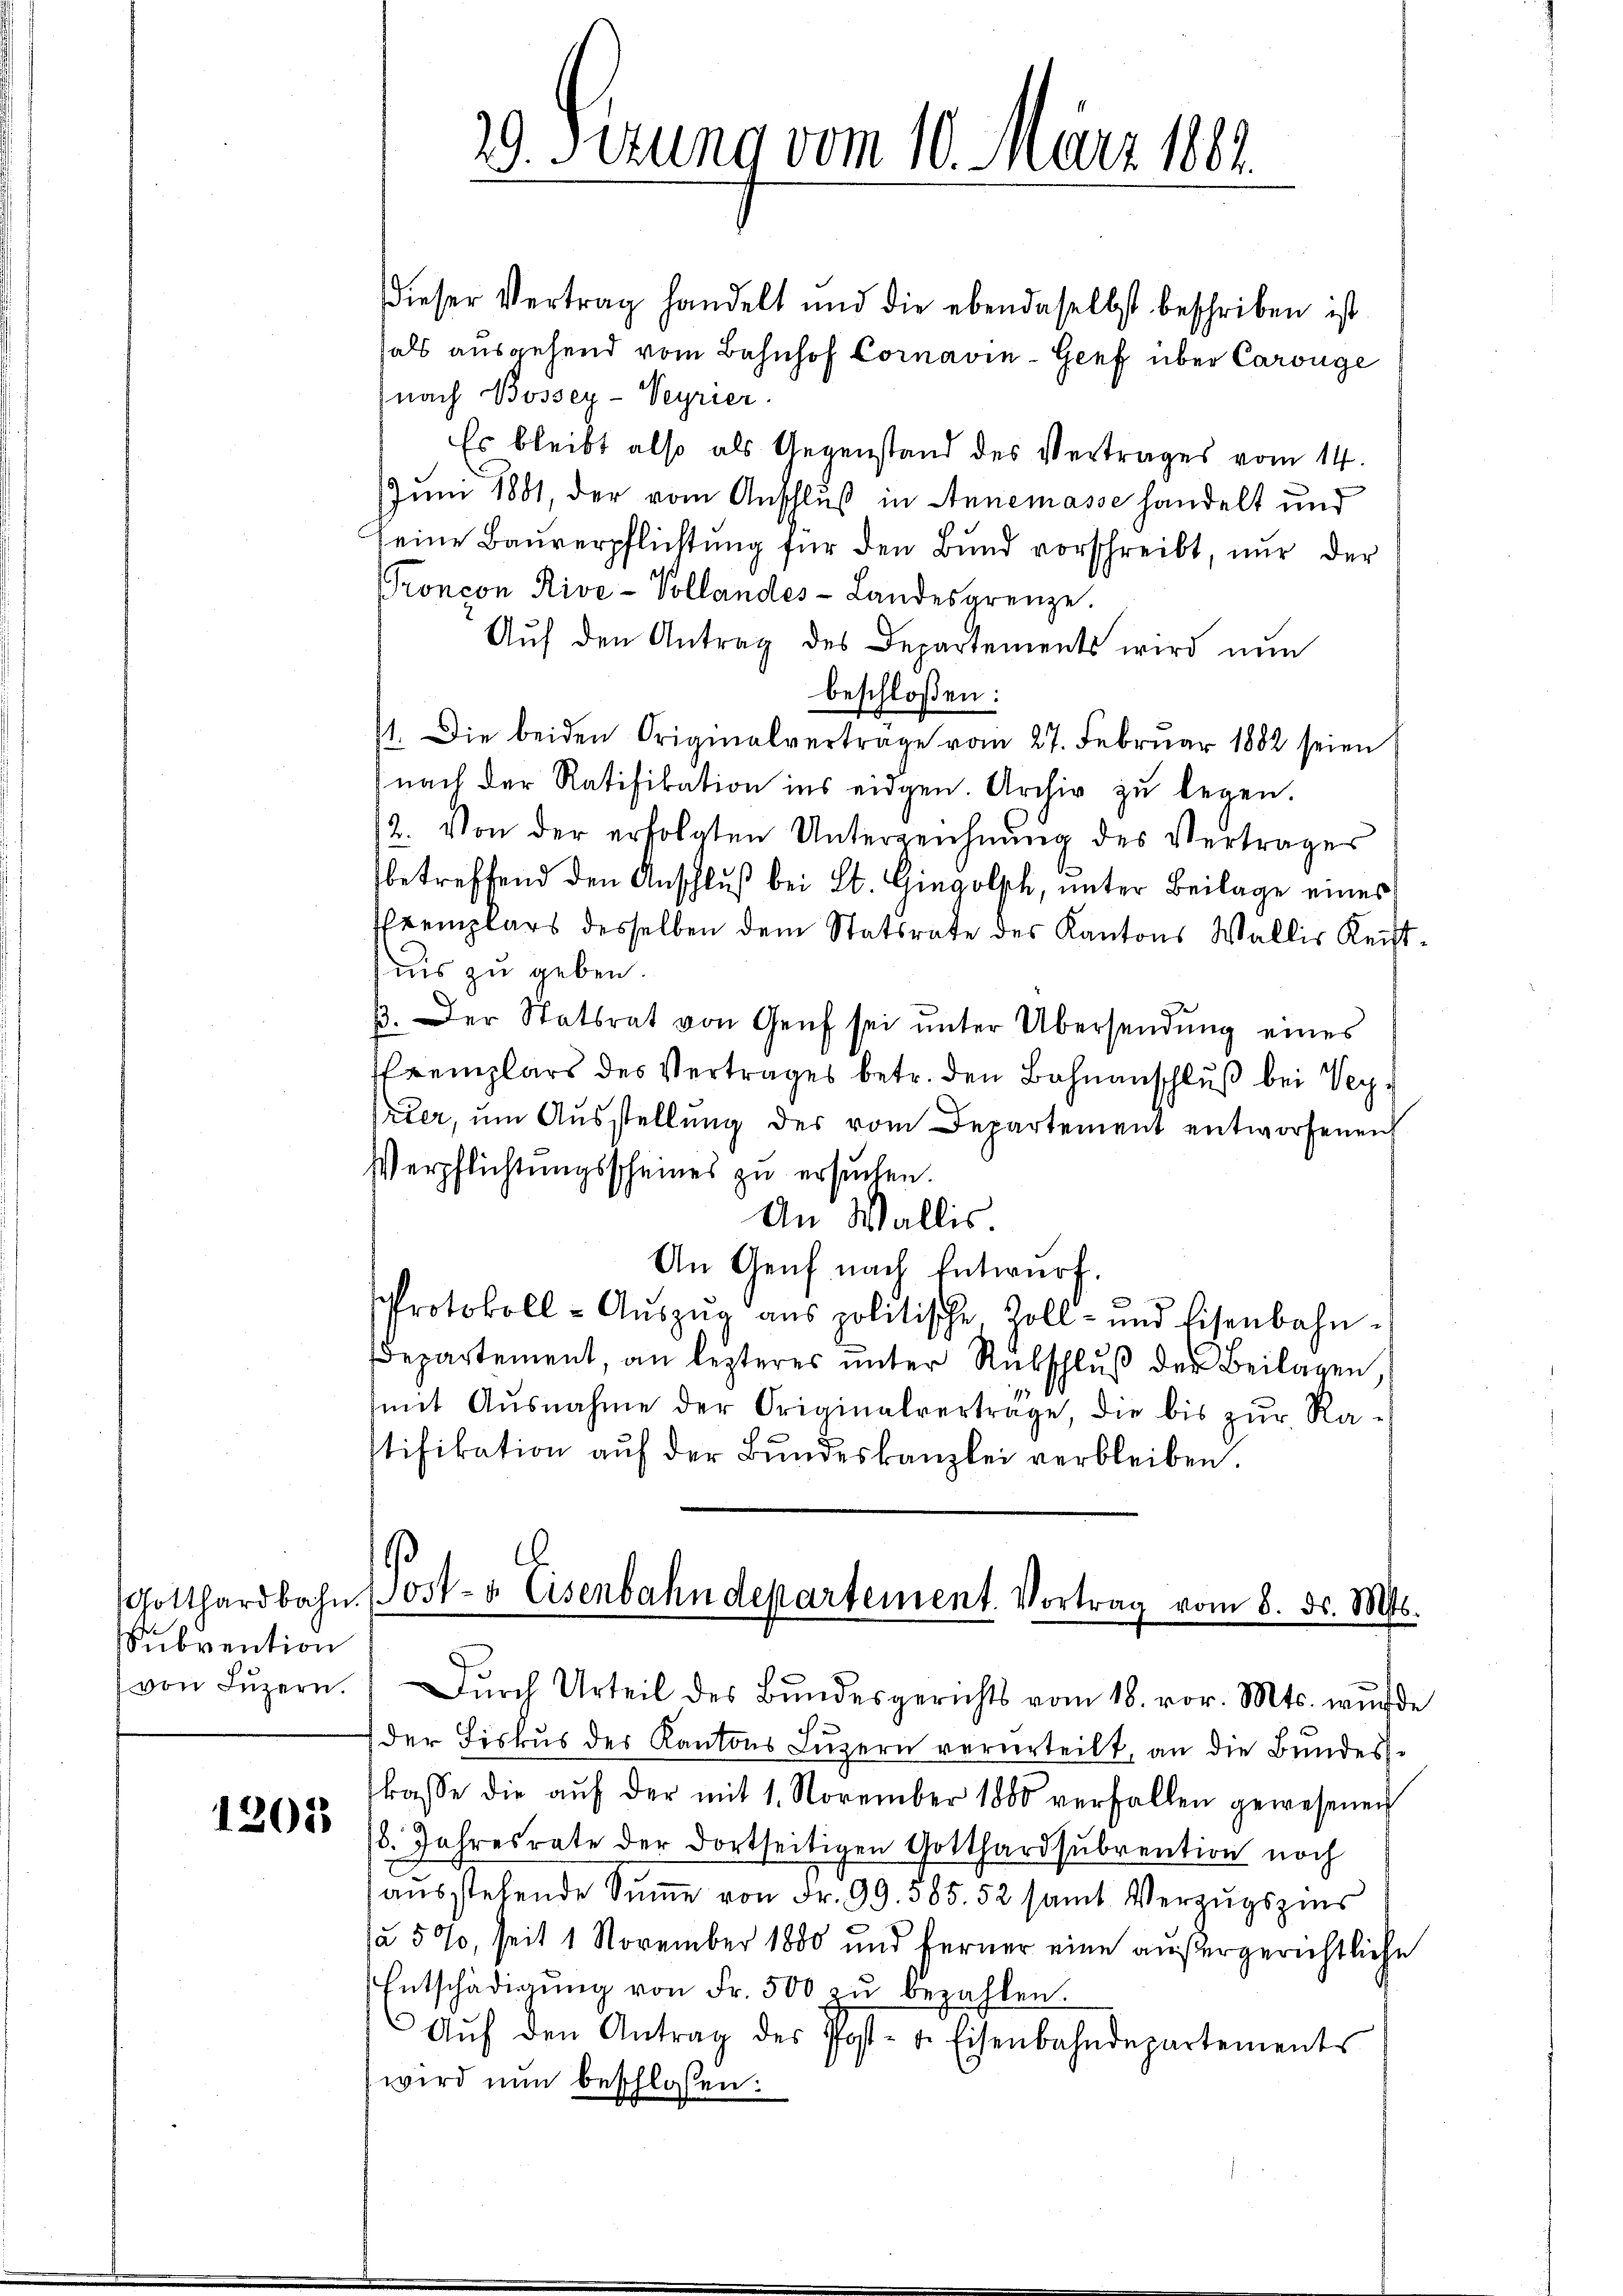
Subvention

1205

.
9. Sizung vom 10. März 1804.

dieser Vertrag handelt und die ebendaselbst beschriben ist
hals ausgehend vom Bahnhof Cornavin-Geef über Carouge
(nach Bossey-Veyrier.
Es bleibt also als Gegenstand des Vertrages vom 14.
Juni 1881, der vom Anschluß in Annemasse handelt und
seine Bauverpflichtung für den Bund vorschreibt, nur der
Proncon Rive-Pollandes-Landesgrenze.
Aŭf den Antrag des Departements wird nun
beschloßen:
1. Die beiden Originalverträge vom 27. Februar 1882 seien
nach der Ratifikation ins eidgen. Archiv zu legen.
2. Von der erfolgten Unterzeichnŭng des Vertrages
betreffend den Anschluß bei St. Gingolph, unter Beilage eines
Exemplars desselben dem Statsrate des Kantons Wallis Recht
nis zu geben.
3. Der Statsrat von Genf sei ŭnter Übersendŭng eines
remplars des Vertrages betr. den Bahnanschluß bei Ver¬
Veter, um Ausstellung der vom Departement entworfenen
Verpflichtungsscheines zu ersuchen.
An Wallis.
An Genf nach Entwurf.
Protokoll-Aŭszŭg ans politische Zoll- und Eisenbahn-
epartement, an lezteres ŭnter Rückschlŭβ der Beilagen,
mit Ausnahme der Originalverträge, die bis zŭr Ra-
stifikation aŭf der Bŭndeskanzlei verbleiben.

.
Gotthardbahn. 1054- & Eisenbahndepartement. Vortrag vom 8. d. Mts.
von Lŭzern. Dŭrch Urteil des Bŭndesgerichts vom 18. vor. Mts. wurde

der Fiskus der Kantons Luzern verurteilt, an die Bundes-
kasse die aŭf der mit 1. November 1880 verfallen gewesenen
8. Jahresrate der dortseitigen Gotthardsubvention noch
ausstehende Summe von Fr. 99. 585. 52 samt Verzugszins
a 5%, seit 1 November 1880 und ferner eine außergerichtliche
Entschädigŭng von Fr. 500 zŭ bezahlen.
Aŭf den Antrag des Post- u. Eisenbahndepartements
wird nun beschlossen: